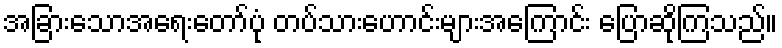
အခြားသောအရေးတော်ပုံ တပ်သားဟောင်းများအကြောင်း ပြောဆိုကြသည်။